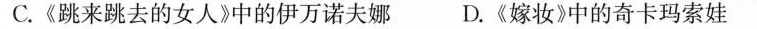
C.《跳来跳去的女人》中的伊万诺夫娜 D.《嫁妆》中的奇卡玛索娃